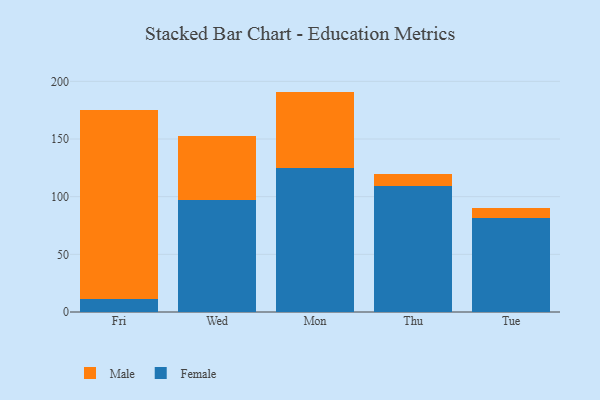
{"axis": {"x": "Day", "y": "Page Views"}, "legend": ["Female", "Male"], "data": [{"x": "Fri", "y": 10.9, "type": "Female"}, {"x": "Fri", "y": 164.0, "type": "Male"}, {"x": "Wed", "y": 97.0, "type": "Female"}, {"x": "Wed", "y": 55.6, "type": "Male"}, {"x": "Mon", "y": 125.0, "type": "Female"}, {"x": "Mon", "y": 66.1, "type": "Male"}, {"x": "Thu", "y": 109.6, "type": "Female"}, {"x": "Thu", "y": 9.9, "type": "Male"}, {"x": "Tue", "y": 81.7, "type": "Female"}, {"x": "Tue", "y": 8.7, "type": "Male"}]}